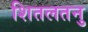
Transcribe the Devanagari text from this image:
शितलतनु